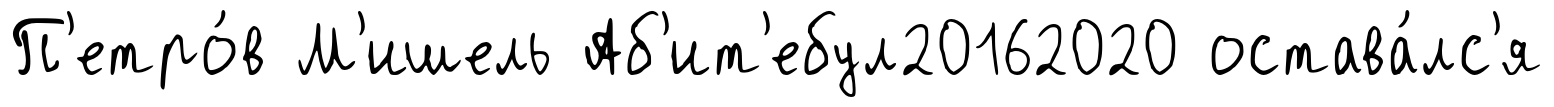
П'етро́в М'ишель Аб'ит'ебул20162020 остава́лс'я